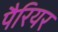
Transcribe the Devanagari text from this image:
पैरियर